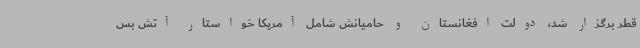
قطر برگزار شد، دولت افغانستان و حامیانش شامل آمریکا خواستار آتش بس